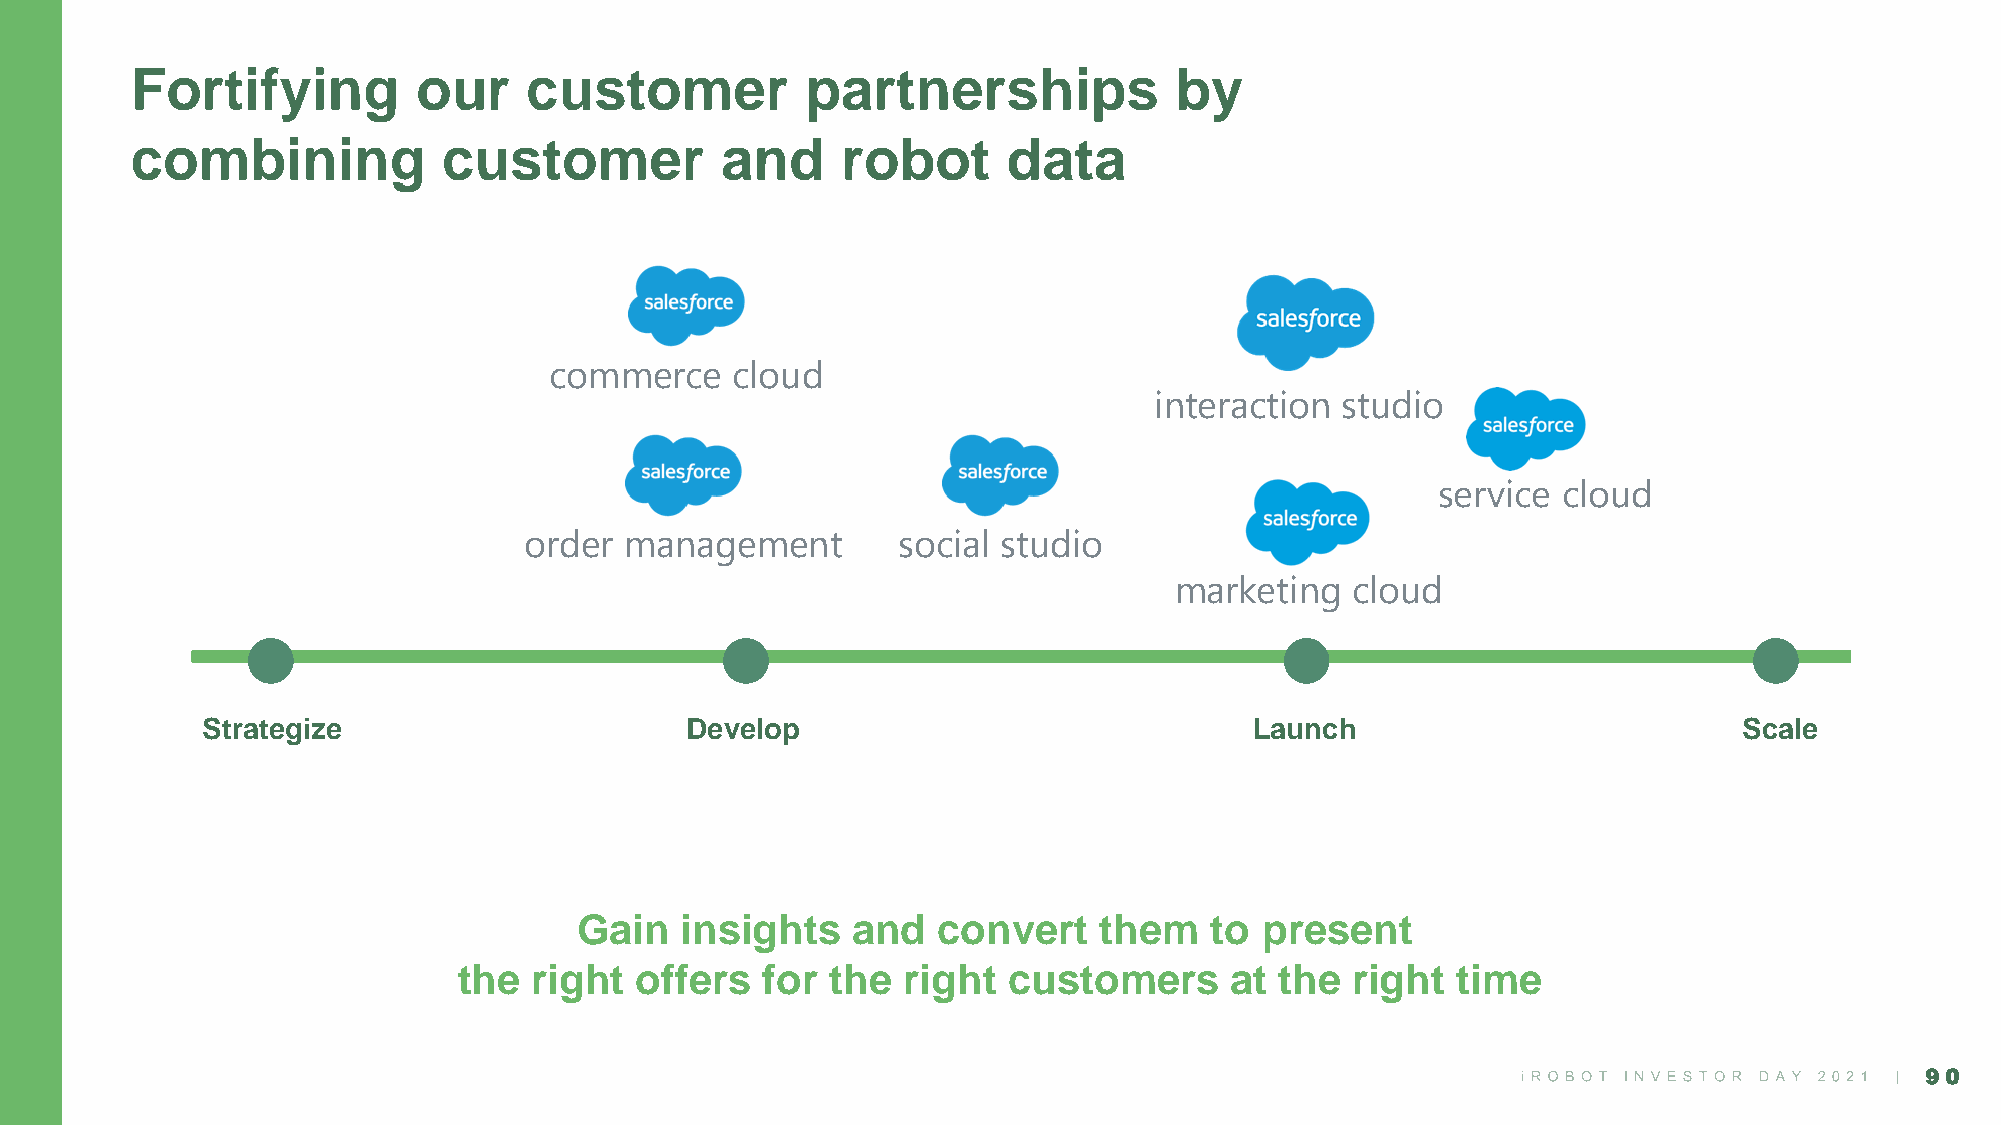
Fortifying         our    customer          partnerships             by
 combining           customer           and     robot      data
 commerce    cloud
 interaction  studio
 service cloud
 order management        social studio
 marketing  cloud
 Strategize                      Develop                               Launch                          Scale
 Gain   insights   and   convert    them   to  present
 the  right  offers   for the  right  customers     at  the  right time
 90